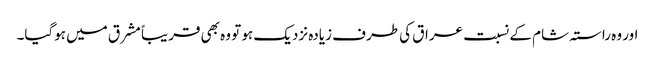
اور وہ راستہ شام کے نسبت عراق کی طرف زیادہ نزدیک ہو تو وہ بھی قریباً مشرق میں ہوگیا۔